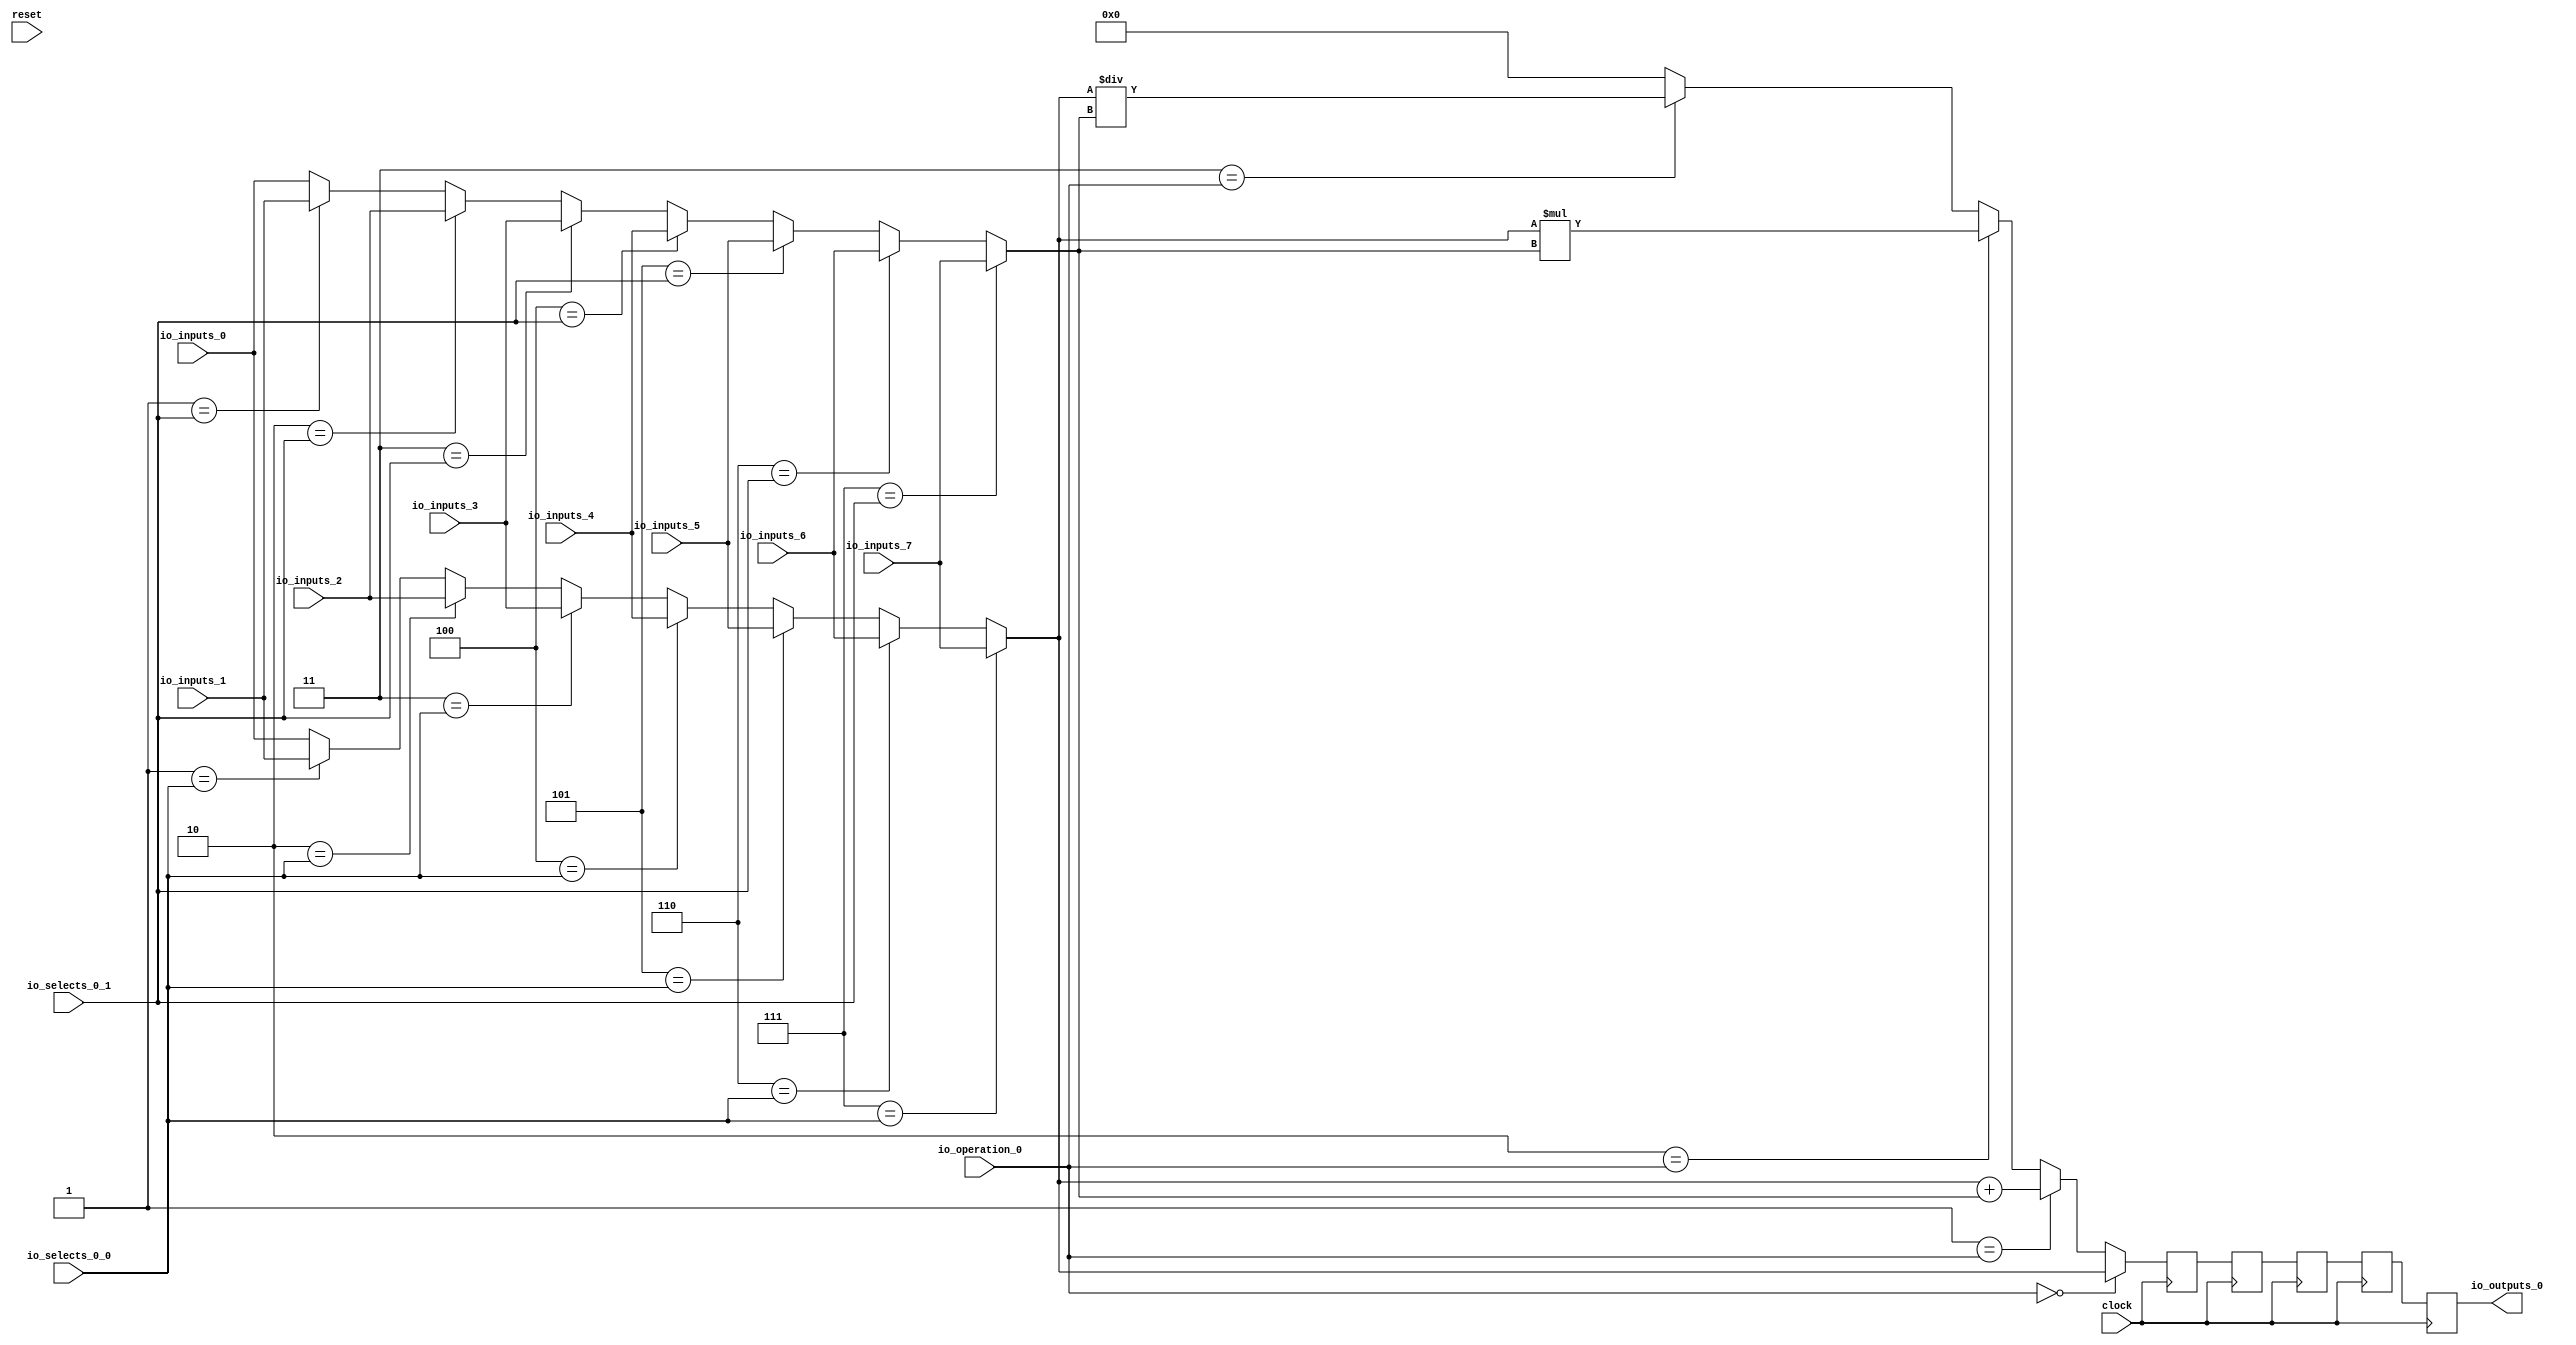
module MuxTest_width_256_inputs_8_outputs_1_pipeline_5( // @[:@3.2]
  input          clock, // @[:@4.4]
  input          reset, // @[:@5.4]
  input  [2:0]   io_selects_0_0, // @[:@6.4]
  input  [2:0]   io_selects_0_1, // @[:@6.4]
  input  [2:0]   io_operation_0, // @[:@6.4]
  input  [255:0] io_inputs_0, // @[:@6.4]
  input  [255:0] io_inputs_1, // @[:@6.4]
  input  [255:0] io_inputs_2, // @[:@6.4]
  input  [255:0] io_inputs_3, // @[:@6.4]
  input  [255:0] io_inputs_4, // @[:@6.4]
  input  [255:0] io_inputs_5, // @[:@6.4]
  input  [255:0] io_inputs_6, // @[:@6.4]
  input  [255:0] io_inputs_7, // @[:@6.4]
  output [255:0] io_outputs_0 // @[:@6.4]
);
  wire [255:0] _GEN_1; // @[MuxTest_width_256_inputs_8_outputs_1_pipeline_5s.scala 32:53:@8.4]
  wire [255:0] _GEN_2; // @[MuxTest_width_256_inputs_8_outputs_1_pipeline_5s.scala 32:53:@8.4]
  wire [255:0] _GEN_3; // @[MuxTest_width_256_inputs_8_outputs_1_pipeline_5s.scala 32:53:@8.4]
  wire [255:0] _GEN_4; // @[MuxTest_width_256_inputs_8_outputs_1_pipeline_5s.scala 32:53:@8.4]
  wire [255:0] _GEN_5; // @[MuxTest_width_256_inputs_8_outputs_1_pipeline_5s.scala 32:53:@8.4]
  wire [255:0] _GEN_6; // @[MuxTest_width_256_inputs_8_outputs_1_pipeline_5s.scala 32:53:@8.4]
  wire [255:0] _GEN_7; // @[MuxTest_width_256_inputs_8_outputs_1_pipeline_5s.scala 32:53:@8.4]
  wire [255:0] _GEN_9; // @[MuxTest_width_256_inputs_8_outputs_1_pipeline_5s.scala 32:53:@8.4]
  wire [255:0] _GEN_10; // @[MuxTest_width_256_inputs_8_outputs_1_pipeline_5s.scala 32:53:@8.4]
  wire [255:0] _GEN_11; // @[MuxTest_width_256_inputs_8_outputs_1_pipeline_5s.scala 32:53:@8.4]
  wire [255:0] _GEN_12; // @[MuxTest_width_256_inputs_8_outputs_1_pipeline_5s.scala 32:53:@8.4]
  wire [255:0] _GEN_13; // @[MuxTest_width_256_inputs_8_outputs_1_pipeline_5s.scala 32:53:@8.4]
  wire [255:0] _GEN_14; // @[MuxTest_width_256_inputs_8_outputs_1_pipeline_5s.scala 32:53:@8.4]
  wire [255:0] _GEN_15; // @[MuxTest_width_256_inputs_8_outputs_1_pipeline_5s.scala 32:53:@8.4]
  wire [256:0] _T_136; // @[MuxTest_width_256_inputs_8_outputs_1_pipeline_5s.scala 32:53:@8.4]
  wire [255:0] _T_137; // @[MuxTest_width_256_inputs_8_outputs_1_pipeline_5s.scala 32:53:@9.4]
  wire [511:0] _T_139; // @[MuxTest_width_256_inputs_8_outputs_1_pipeline_5s.scala 33:58:@10.4]
  wire [255:0] _T_141; // @[MuxTest_width_256_inputs_8_outputs_1_pipeline_5s.scala 34:56:@11.4]
  wire  _T_142; // @[Mux.scala 46:19:@12.4]
  wire [255:0] _T_143; // @[Mux.scala 46:16:@13.4]
  wire  _T_144; // @[Mux.scala 46:19:@14.4]
  wire [511:0] _T_145; // @[Mux.scala 46:16:@15.4]
  wire  _T_146; // @[Mux.scala 46:19:@16.4]
  wire [511:0] _T_147; // @[Mux.scala 46:16:@17.4]
  wire  _T_148; // @[Mux.scala 46:19:@18.4]
  reg [511:0] _T_152; // @[Reg.scala 11:16:@20.4]
  reg [511:0] _RAND_0;
  reg [511:0] _T_154; // @[Reg.scala 11:16:@24.4]
  reg [511:0] _RAND_1;
  reg [511:0] _T_156; // @[Reg.scala 11:16:@28.4]
  reg [511:0] _RAND_2;
  reg [511:0] _T_158; // @[Reg.scala 11:16:@32.4]
  reg [511:0] _RAND_3;
  reg [511:0] _T_160; // @[Reg.scala 11:16:@36.4]
  reg [511:0] _RAND_4;
  assign _GEN_1 = 3'h1 == io_selects_0_0 ? io_inputs_1 : io_inputs_0; // @[MuxTest_width_256_inputs_8_outputs_1_pipeline_5s.scala 32:53:@8.4]
  assign _GEN_2 = 3'h2 == io_selects_0_0 ? io_inputs_2 : _GEN_1; // @[MuxTest_width_256_inputs_8_outputs_1_pipeline_5s.scala 32:53:@8.4]
  assign _GEN_3 = 3'h3 == io_selects_0_0 ? io_inputs_3 : _GEN_2; // @[MuxTest_width_256_inputs_8_outputs_1_pipeline_5s.scala 32:53:@8.4]
  assign _GEN_4 = 3'h4 == io_selects_0_0 ? io_inputs_4 : _GEN_3; // @[MuxTest_width_256_inputs_8_outputs_1_pipeline_5s.scala 32:53:@8.4]
  assign _GEN_5 = 3'h5 == io_selects_0_0 ? io_inputs_5 : _GEN_4; // @[MuxTest_width_256_inputs_8_outputs_1_pipeline_5s.scala 32:53:@8.4]
  assign _GEN_6 = 3'h6 == io_selects_0_0 ? io_inputs_6 : _GEN_5; // @[MuxTest_width_256_inputs_8_outputs_1_pipeline_5s.scala 32:53:@8.4]
  assign _GEN_7 = 3'h7 == io_selects_0_0 ? io_inputs_7 : _GEN_6; // @[MuxTest_width_256_inputs_8_outputs_1_pipeline_5s.scala 32:53:@8.4]
  assign _GEN_9 = 3'h1 == io_selects_0_1 ? io_inputs_1 : io_inputs_0; // @[MuxTest_width_256_inputs_8_outputs_1_pipeline_5s.scala 32:53:@8.4]
  assign _GEN_10 = 3'h2 == io_selects_0_1 ? io_inputs_2 : _GEN_9; // @[MuxTest_width_256_inputs_8_outputs_1_pipeline_5s.scala 32:53:@8.4]
  assign _GEN_11 = 3'h3 == io_selects_0_1 ? io_inputs_3 : _GEN_10; // @[MuxTest_width_256_inputs_8_outputs_1_pipeline_5s.scala 32:53:@8.4]
  assign _GEN_12 = 3'h4 == io_selects_0_1 ? io_inputs_4 : _GEN_11; // @[MuxTest_width_256_inputs_8_outputs_1_pipeline_5s.scala 32:53:@8.4]
  assign _GEN_13 = 3'h5 == io_selects_0_1 ? io_inputs_5 : _GEN_12; // @[MuxTest_width_256_inputs_8_outputs_1_pipeline_5s.scala 32:53:@8.4]
  assign _GEN_14 = 3'h6 == io_selects_0_1 ? io_inputs_6 : _GEN_13; // @[MuxTest_width_256_inputs_8_outputs_1_pipeline_5s.scala 32:53:@8.4]
  assign _GEN_15 = 3'h7 == io_selects_0_1 ? io_inputs_7 : _GEN_14; // @[MuxTest_width_256_inputs_8_outputs_1_pipeline_5s.scala 32:53:@8.4]
  assign _T_136 = _GEN_7 + _GEN_15; // @[MuxTest_width_256_inputs_8_outputs_1_pipeline_5s.scala 32:53:@8.4]
  assign _T_137 = _GEN_7 + _GEN_15; // @[MuxTest_width_256_inputs_8_outputs_1_pipeline_5s.scala 32:53:@9.4]
  assign _T_139 = _GEN_7 * _GEN_15; // @[MuxTest_width_256_inputs_8_outputs_1_pipeline_5s.scala 33:58:@10.4]
  assign _T_141 = _GEN_7 / _GEN_15; // @[MuxTest_width_256_inputs_8_outputs_1_pipeline_5s.scala 34:56:@11.4]
  assign _T_142 = 3'h3 == io_operation_0; // @[Mux.scala 46:19:@12.4]
  assign _T_143 = _T_142 ? _T_141 : 256'h0; // @[Mux.scala 46:16:@13.4]
  assign _T_144 = 3'h2 == io_operation_0; // @[Mux.scala 46:19:@14.4]
  assign _T_145 = _T_144 ? _T_139 : {{256'd0}, _T_143}; // @[Mux.scala 46:16:@15.4]
  assign _T_146 = 3'h1 == io_operation_0; // @[Mux.scala 46:19:@16.4]
  assign _T_147 = _T_146 ? {{256'd0}, _T_137} : _T_145; // @[Mux.scala 46:16:@17.4]
  assign _T_148 = 3'h0 == io_operation_0; // @[Mux.scala 46:19:@18.4]
  assign io_outputs_0 = _T_160[255:0]; // @[MuxTest_width_256_inputs_8_outputs_1_pipeline_5s.scala 23:14:@40.4]
`ifdef RANDOMIZE_GARBAGE_ASSIGN
`define RANDOMIZE
`endif
`ifdef RANDOMIZE_INVALID_ASSIGN
`define RANDOMIZE
`endif
`ifdef RANDOMIZE_REG_INIT
`define RANDOMIZE
`endif
`ifdef RANDOMIZE_MEM_INIT
`define RANDOMIZE
`endif
`ifndef RANDOM
`define RANDOM $random
`endif
`ifdef RANDOMIZE
  integer initvar;
  initial begin
    `ifdef INIT_RANDOM
      `INIT_RANDOM
    `endif
    `ifndef VERILATOR
      #0.002 begin end
    `endif
  `ifdef RANDOMIZE_REG_INIT
  _RAND_0 = {16{`RANDOM}};
  _T_152 = _RAND_0[511:0];
  `endif // RANDOMIZE_REG_INIT
  `ifdef RANDOMIZE_REG_INIT
  _RAND_1 = {16{`RANDOM}};
  _T_154 = _RAND_1[511:0];
  `endif // RANDOMIZE_REG_INIT
  `ifdef RANDOMIZE_REG_INIT
  _RAND_2 = {16{`RANDOM}};
  _T_156 = _RAND_2[511:0];
  `endif // RANDOMIZE_REG_INIT
  `ifdef RANDOMIZE_REG_INIT
  _RAND_3 = {16{`RANDOM}};
  _T_158 = _RAND_3[511:0];
  `endif // RANDOMIZE_REG_INIT
  `ifdef RANDOMIZE_REG_INIT
  _RAND_4 = {16{`RANDOM}};
  _T_160 = _RAND_4[511:0];
  `endif // RANDOMIZE_REG_INIT
  end
`endif // RANDOMIZE
  always @(posedge clock) begin
    if (_T_148) begin
      _T_152 <= {{256'd0}, _GEN_7};
    end else begin
      _T_152 <= _T_147;
    end
    _T_154 <= _T_152;
    _T_156 <= _T_154;
    _T_158 <= _T_156;
    _T_160 <= _T_158;
  end
endmodule